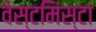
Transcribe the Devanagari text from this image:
वेस्टमिंस्टा